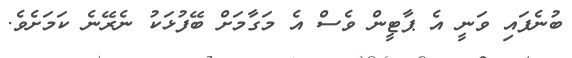
ބުނެފައި ވަނީ އެ ޕާޓީން ވެސް އެ މަގާމަށް ބޭފުޅަކު ނެރޭނެ ކަމަށެވެ.